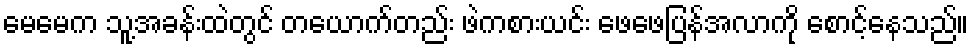
မေမေက သူ့အခန်းထဲတွင် တယောက်တည်း ဖဲကစားယင်း ဖေဖေပြန်အလာကို စောင့်နေသည်။